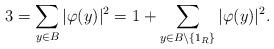
LaTeX: \begin{align*}3=\sum_{y\in B}|\varphi(y)|^2=1+\sum_{y\in B\setminus\{1_R\}}|\varphi(y)|^2.\end{align*}